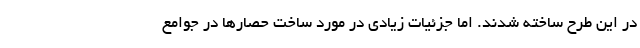
در این طرح ساخته شدند. اما جزئیات زیادی در مورد ساخت حصارها در جوامع